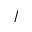
/